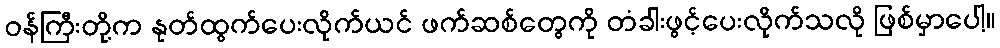
ဝန်ကြီးတို့က နုတ်ထွက်ပေးလိုက်ယင် ဖက်ဆစ်တွေကို တံခါးဖွင့်ပေးလိုက်သလို ဖြစ်မှာပေါ့။